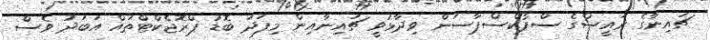
ޗައިނާގެ ރައީސްގެ ސްޕޯކްސްޕާސަން ވިދާޅުވީ ޗައިނާއިން މިފަދަ ބޮޑު ޕްރޮޖެކްޓްތައް އަބަދު ވެސް